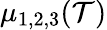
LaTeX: \mu_{1,2,3}(\mathcal{T})